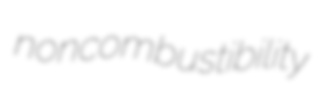
noncombustibility